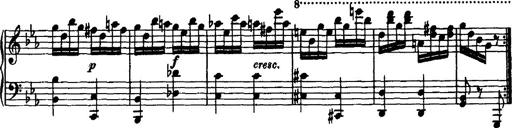
Title: Variation Ã¼ber einen Walzer von Diabelli
Composer: Franz Liszt